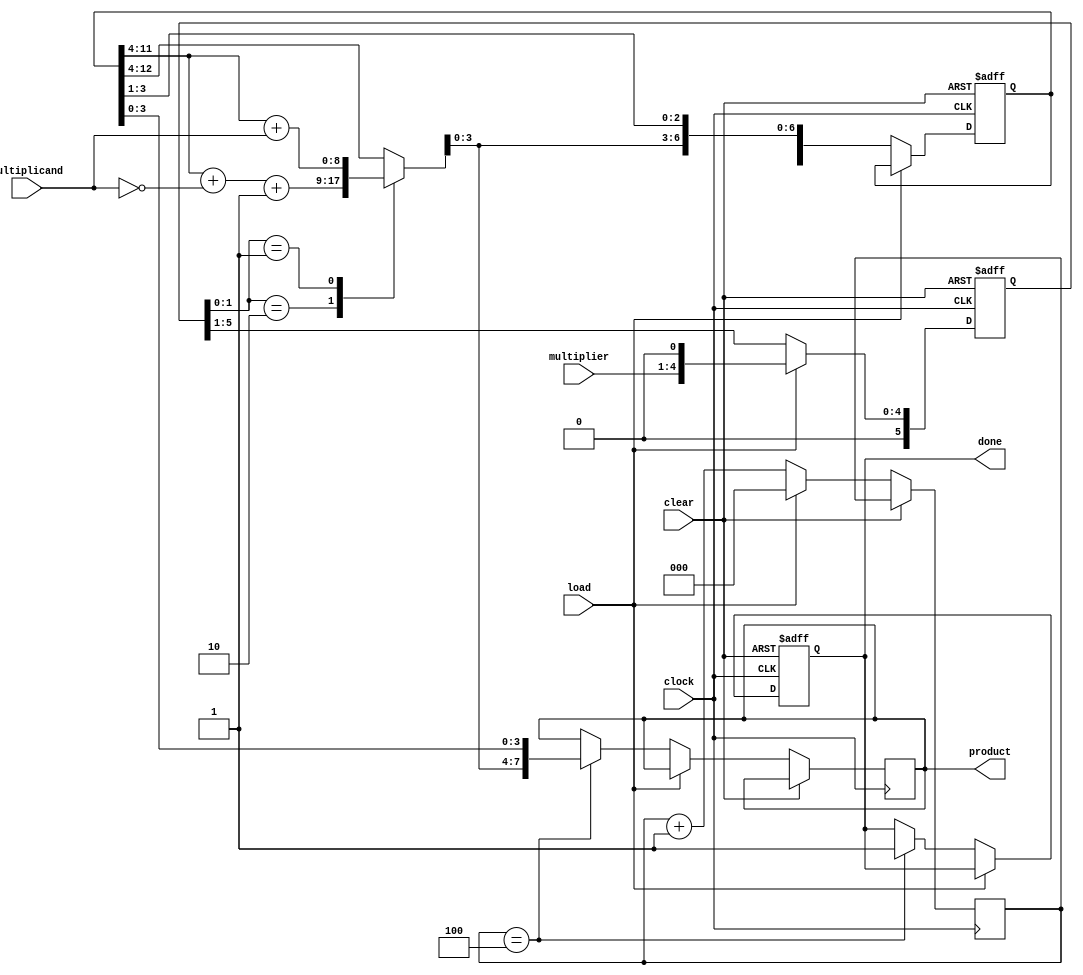
///////
//////
//////
///////
//////

module multiplier_booths #(parameter width = 4, no = 3)( 
output reg [(2*width-1):0] product, 
output reg done, 
input [(width-1):0] multiplicand, 
input [(width-1):0] multiplier, 
input      load, 
input clear, 
input clock ); 

reg [(3*width):0] accumulator; 
reg [no-1:0] count; 
reg [width+1:0] check ; 

always@(posedge clock, posedge clear) 
if(clear) 
begin 
accumulator = 0; 
done = 0;
check = 0; 
end 
else if(load) 
begin 
check = {1'b0,multiplier,1'b0}; 
count = 0; 
end 
else 
begin 
case(check[1:0]) 
2'b10 :  accumulator[3*width:width] = accumulator[3*width-1:width] + ~({{width{1'b0}},multiplicand}) + 1'b1; 
2'b01 :  accumulator[3*width:width] = accumulator[3*width-1:width] +   {{width{1'b0}},multiplicand}; 
default: accumulator = accumulator; 
endcase 

if(count == (width)) 
begin	
done = 1'b1; 
product = accumulator[(2*width-1):0]; 
end 

accumulator = {accumulator[3*width],accumulator[3*width:1]}; //shifting>>	add msb
check = {1'b0,check[width+1:1]}; //shifting >> add 0 msb
count = count + 1'b1; 
end
endmodule